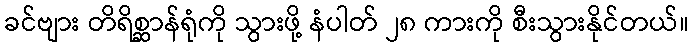
ခင်ဗျား တိရိစ္ဆာန်ရုံကို သွားဖို့ နံပါတ် ၂၈ ကားကို စီးသွားနိုင်တယ်။